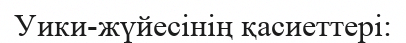
Уики-жүйесінің қасиеттері: